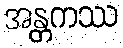
အန္တကဿ